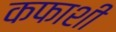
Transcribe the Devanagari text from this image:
कफाशी